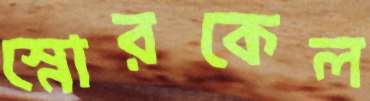
স্নোরকেল